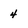
Character: 4